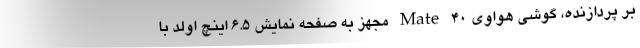
بر پردازنده، گوشی هواوی Mate 40 مجهز به صفحه نمایش 6.۵ اینچ اولد با